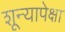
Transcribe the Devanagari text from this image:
शून्यापेक्षा